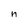
Character: n